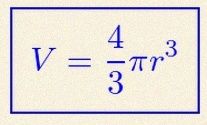
V=\frac43\pi r^3